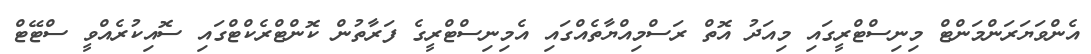
އެންވަޔަރަންމަންޓް މިނިސްޓްރީގައި މިއަދު އޮތް ރަސްމިއްޔާތެއްގައި އެމިނިސްޓްރީގެ ފަރާތުން ކޮންޓްރެކްޓްގައި ސޮއިކުރެއްވީ ސްޓޭޓް